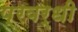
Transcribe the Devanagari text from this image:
प्रवर्धी